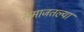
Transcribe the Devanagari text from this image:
समाजतल्या